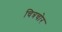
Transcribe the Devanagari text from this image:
चित्रचोर